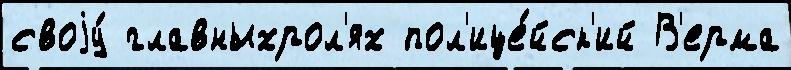
своjу́ главныхрол'ях пол'ице́йск'ий В'ерма